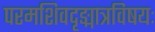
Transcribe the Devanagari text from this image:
परमशिवदृङ्मात्रविषयः